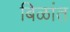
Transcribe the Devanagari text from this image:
बिळांत